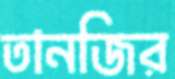
তানজির